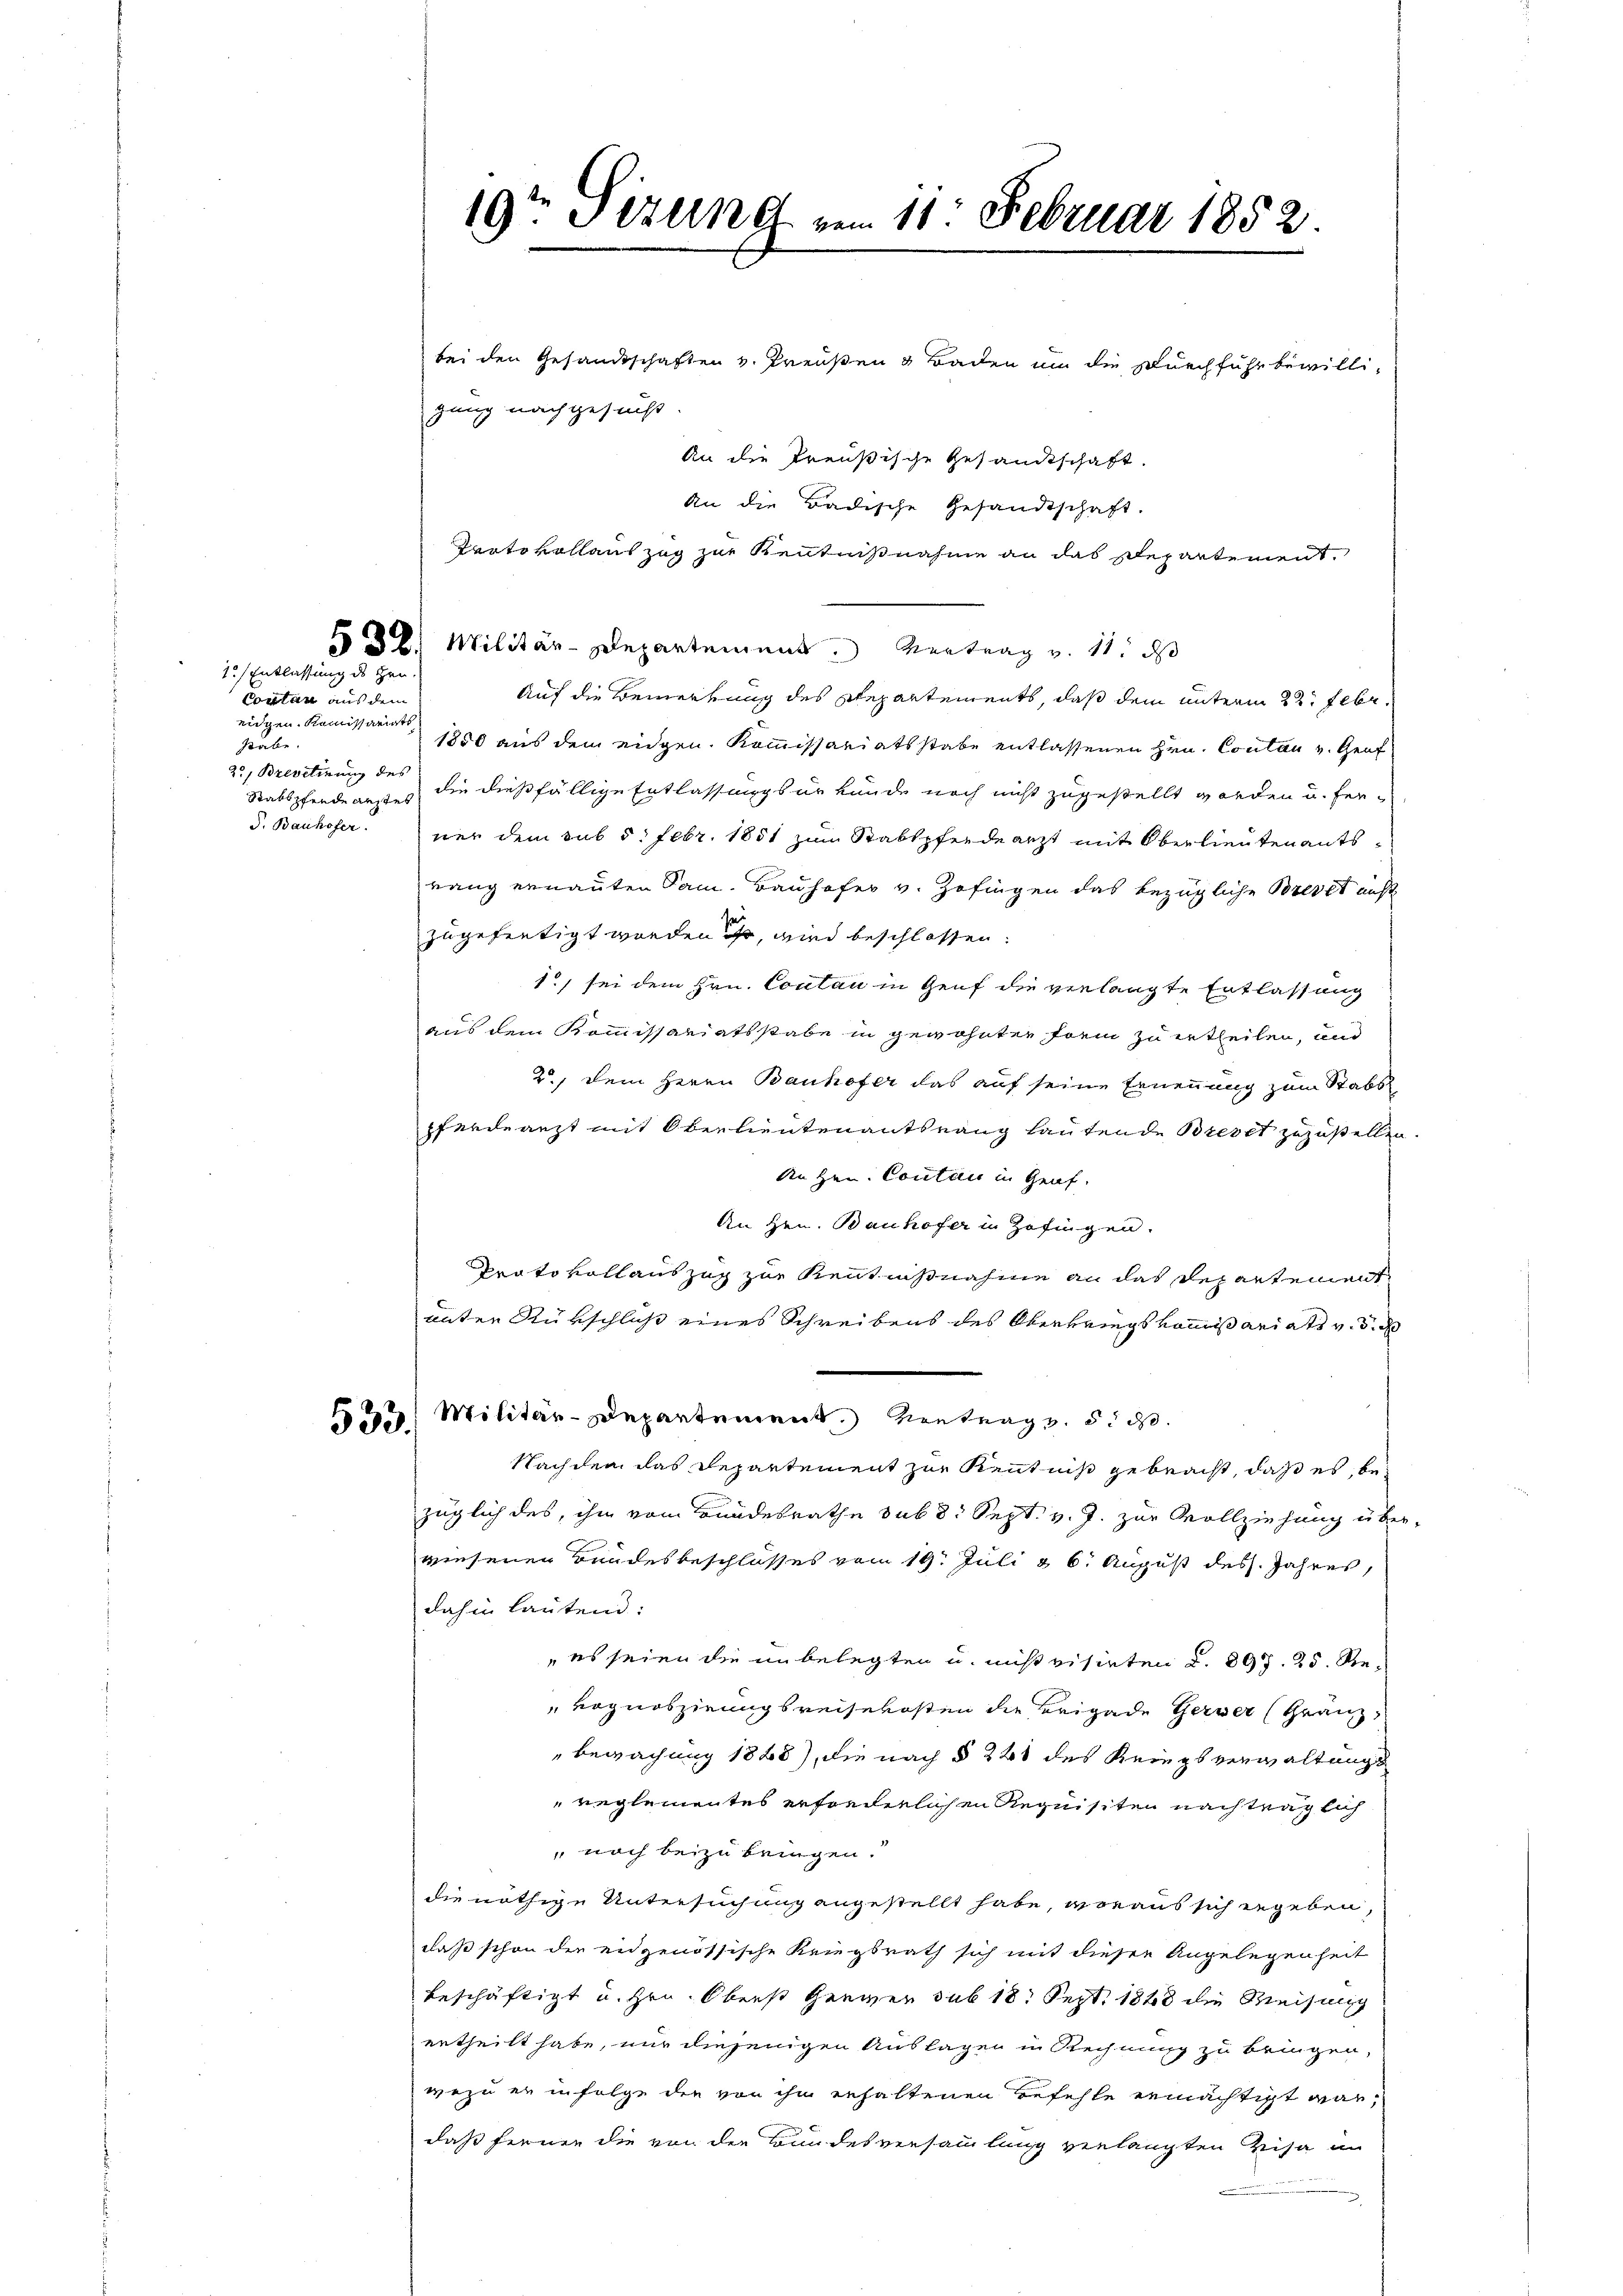
532.
1.) Entlassung des Hrn

Cortan aus dem
eidgen. Kommissariats
Aus
25, Brevetirung des

19ten Sizung vom 11. Februar 1852.

bei den Gesandtschaften v. Preußen & Baden um die Durchführ bewilligung nachgesucht.
An die Preußische Gesandtschaft.
An die Badische Gesandtschaft.
Protokollauszug zur Kenntnißnahme an das Departement,
Militär-Departement Vertrag v. 11. ds
Auf die Bemerkung des Departements, daß dem unterm 22. Febr.
1850 aus dem eidgen. Kommissariatsstabe entlassenen Hrn. Contan v. Genf
Stabspfende anstes die dießfällige Entlassungsurkunde noch nicht zugestellt worden u. ferd. Bauhoferner dem sub 5. Febr. 1851 zŭm Stadtpferdearzt mit Oberlieutenants-
rang ernannten Sam. Bauhofer v. Zofingen das bezügliche Brevet anst
zugefertigt worden ist, wird beschlossen:
1., sei dem Hrn. Contan in Genf die verlangte Entlassung
aus dem Kommissariatsstabe in gewohnter Form zu ertheilen, und
2.) Dem Herrn Bauhofer das auf seine Ernennung zum Stabs
pferdearzt mit Oberlieutenantsrang lautende Brevet zuzustellen
Auzen. Contan in Genf.
An Hrn. Bauhofer in Zofingen.
Prato vollauszug zur Kenntnißnahme an das Departement
unter Rükschluß eines Schreibens des Oberkriegskommißariats v. 3.
Militär-Departement. Vortrag v. 5. ds.
533.
Nachdem das Departement zur Kenntniß gebracht, daß es, bezüglich des, ihm vom Bundesrathe sub 8. Sept. v. J. zur Vollziehung über
wiesenen Bundesbeschlusses vom 19. Juli & 6. August des Jahres,
dahin lautend:
 es seien die unbelegten u. mis visirten §. 897. 25. Re¬
Rognoszirungsreisekosten die Brigade Gerwer (Franz,
Bewachung 1888), die nach § 241 des Kriegsverwaltungs
reglementes erforderlichen Requisiten nachträglich
noch beizubringen.
die nöthige Untersuchung angestellt habe, woraus sich ergeben,
daß schon der eidgenössische Kriegsrath sich mit dieser Angelegenheit
beschäftigt u. Hrn. Oberst Gener sub 18. Sept. 1848 die Weisung
ertheilt habe, nur diejenigen Auslagen in Rechnung zu bringen,
wozu er in Folge die von ihn erhaltenen Befehle ermächtigt war,
daß fernen die von der Bundesversammlung verlangten Visa in